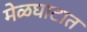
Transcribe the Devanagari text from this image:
मेळघाटात